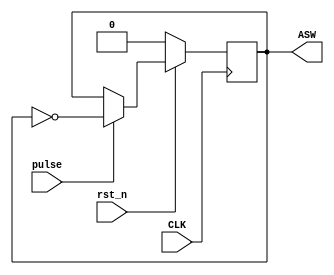
///////////////////////////////////////////////////////////////////////////////////////////////////
// Company: <Name>
//
// File history:
//      <Revision number>: <Date>: <Comments>
//      <Revision number>: <Date>: <Comments>
//      <Revision number>: <Date>: <Comments>
//
// Description: 
//
// <Description here>
//
// Targeted device: <Family::IGLOO> <Die::AGLN125V5> <Package::100 VQFP>
//
/////////////////////////////////////////////////////////////////////////////////////////////////// 

//`timescale <time_units> / <precision>


module ASWControl(CLK, pulse, rst_n, ASW);
input CLK, pulse, rst_n;
output reg ASW;

// initial states
initial begin
    ASW <= 1'b0;
end

always @ (posedge CLK)
begin
    if (~rst_n) begin
        ASW <= 1'b0;
    end
    else if (pulse)
    begin
        ASW <= !ASW;
    end
end

endmodule